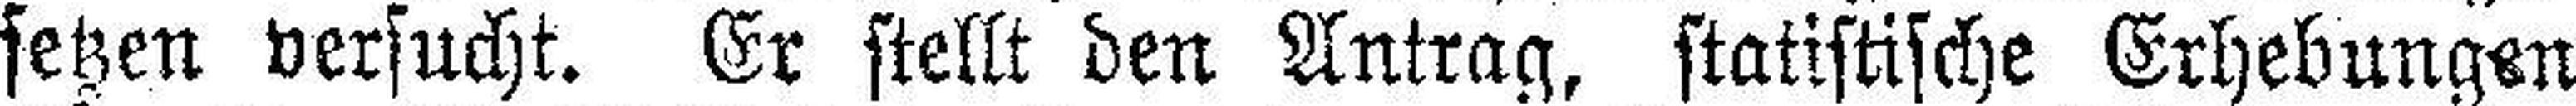
setzen versucht. Er stellt den Antrag, statistische Erhebungen